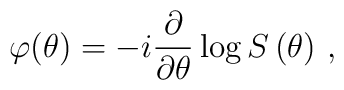
\varphi (\theta )=-i\frac{\partial }{\partial \theta }\log S\left( \theta \right)\,,